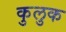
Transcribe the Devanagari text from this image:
कुलुक